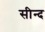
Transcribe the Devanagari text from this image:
सीन्द